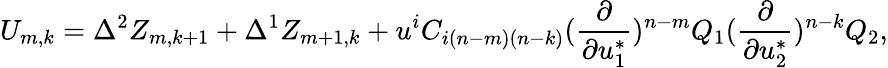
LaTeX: U_{m,k}=\Delta^{2}Z_{m,k+1}+\Delta^{1}Z_{m+1,k}+u^{i}C_{i(n-m)(n-k)}({\frac{\partial}{\partial u_{1}^{*}}})^{n-m}Q_{1}({\frac{\partial}{\partial u_{2}^{*}}})^{n-k}Q_{2},